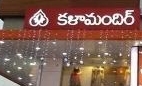
Language: telugu
Transcription: కళామందిర్